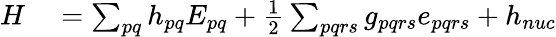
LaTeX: \begin{array}{rl}{H}&{{}=\sum_{pq}h_{pq}E_{pq}+\frac{1}{2}\sum_{pqrs}g_{pqrs}e_{pqrs}+h_{nuc}}\end{array}